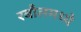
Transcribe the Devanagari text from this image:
रबौलमध्ये